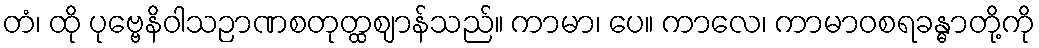
တံ၊ ထို ပုဗ္ဗေနိဝါသဉာဏစတုတ္ထဈာန်သည်။ ကာမာ၊ ပေ။ ကာလေ၊ ကာမာဝစရခန္ဓာတို့ကို